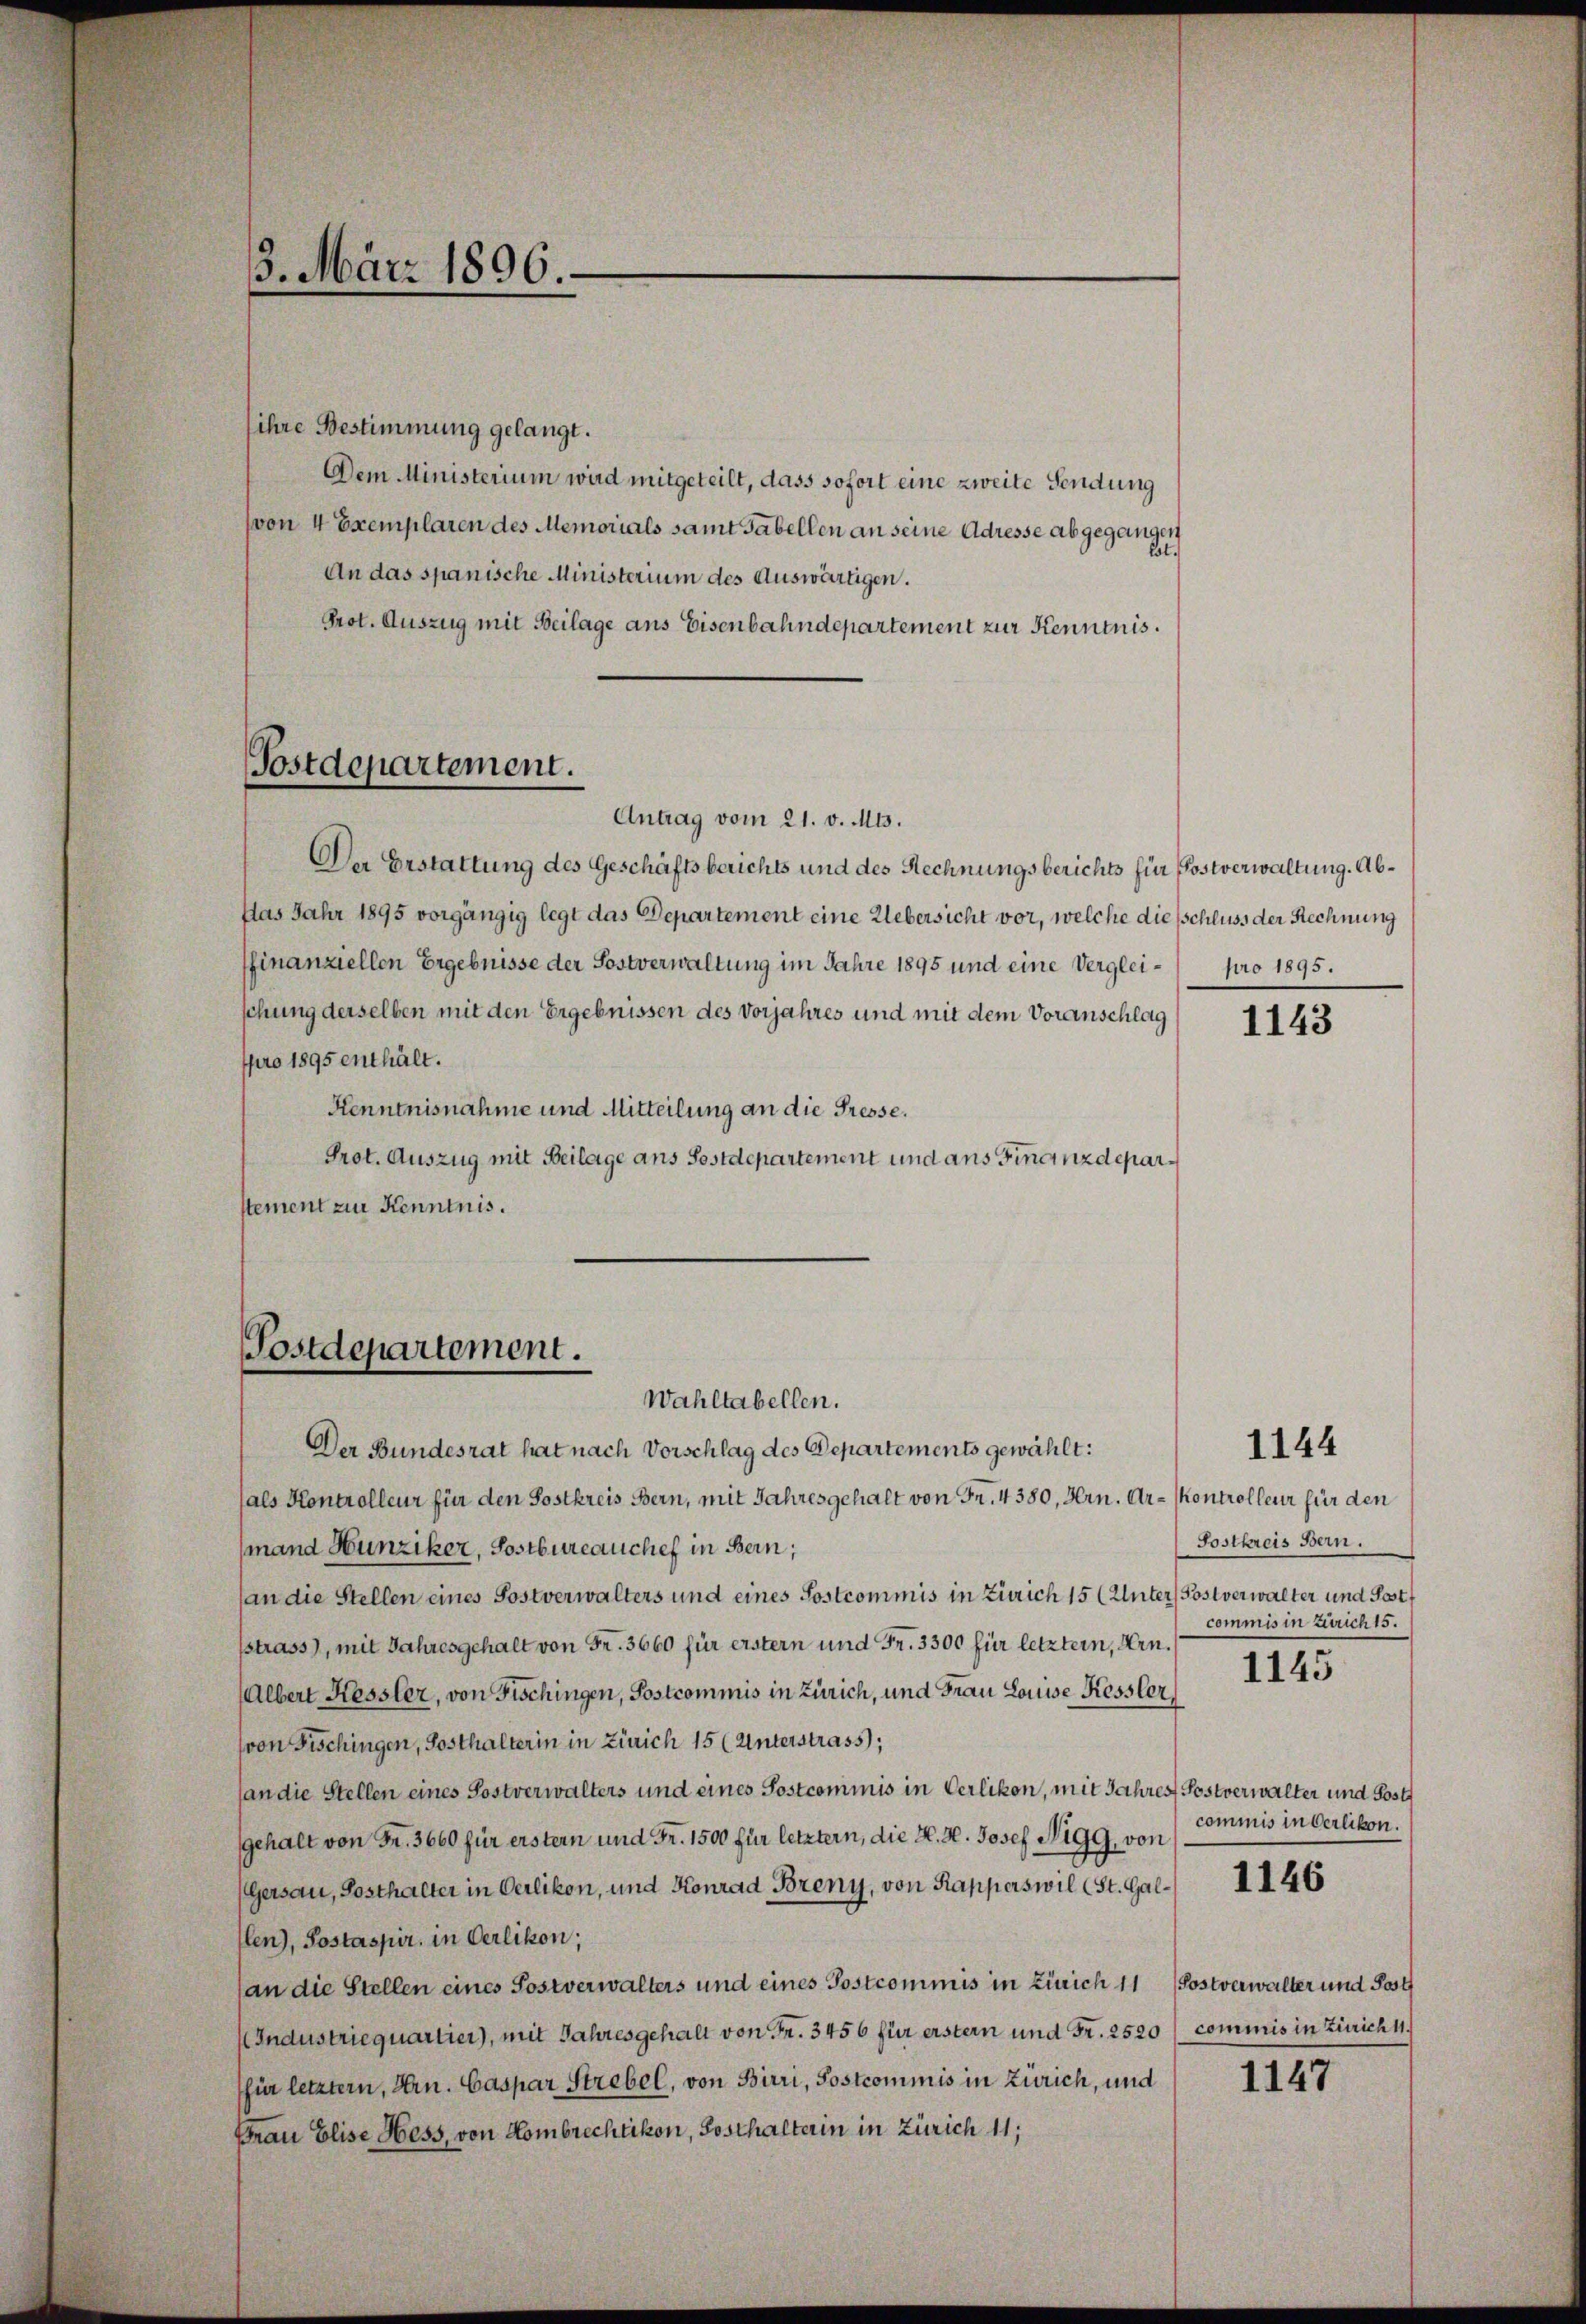
ihre Bestimmung gelangt.
Dem Ministerium wird mitgeteilt, dass sofort eine zweite Sendung
(von 4 Exemplaren des Memorials samt Gabellen an seine Adresse abgegangen
Est.
An das spanische Ministerium des Auswärtigen.
Prot. Auszug mit Beilage ans Eisenbahndepartement zur Kenntnis.
Antrag vom 21. v. Mts.
Der Erstattung des Geschäftsberichts und des Rechnungsberichts für Postverwaltung. Abdas Jahr 1895 vorgängig legt das Departement eine Uebersicht vor, welche die schluss der Rechnung
ffinanziellen Ergebnisse der Postverwaltung im Jahre 1895 und eine Vergleischung derselben mit den Ergebnissen des Vorjahres und mit dem Voranschlag
pro 1895 enthält.
Henntnisnahme und Mitteilung an die Presse.
Prot. Auszug mit Beilage ans Sostdepartement und ans Finanzdeparstement zur Kenntnis.
Postdepartement.
Wahltabellen.
Der Bundesrat hat nach Vorschlag des Departements gewählt:
fals Kontrolleur für den Postkreis Bern, mit Jahresgehalt von Fr. 4380, Hrn. Ar- Kontrolleur für den
(mand Hunziker, Sostbureauchef in Bern;
(an die Stellen eines Postverwalters und eines Postcommis in Zürich 15 (Unter Postverwalter und Postf
sstrass), mit Jahresgehalt von Fr. 3660 für erstern und Fr. 3300 für letzter, Hrn.
Albert Kessler, von Fischingen, Postcommis in Zürich, und Frau Louise Kessler,
von Fischingen, Posthalterin in Zürich 15 (Unterstrass;
an die Stellen eines Postverwalters und eines Postcommis in Oerlikon, mit Jahres Postverwalter und Post
gehalt von Fr. 3660 für erstern und Fr. 1500 für letztern, die K. H. Josef Nigg, von
(Gersau, Sosthalter in Oerlikon, und Konrad Breny, von Kapperswil (St. Gallen), Postaspir, in Oerlikon;
(an die Stellen eines Sostverwalters und eines Postcommis in Zürich 11
Industriequartier), mit Jahresgehalt von Fr. 3456 für erstern und Fr. 2520 (commis in Zürich 1.
für letztern, Hrn. Caspar Strebel, von Birri, Postcommis in Zürich, und
Frau Elise Hess, von Hombrechtikon, Sosthalterin in Zürich 11;

3. März 1896.

Postdepartement.

pro 1895.

1143

1144

Sostkreis Bern.
commis in Zürich 15.
1145

commis in derlikon.

1146

Postverwalter und Jost

1147